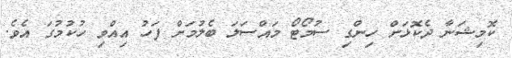
ކޮމިޝަނާ ދެކޮޅަށް ހިންގި ސުމޯޓޯ މައްސަލަ ބެލުމަށް ފަހު އިއްވި ހުކުމުގަ އެވެ.